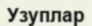
Узуплар